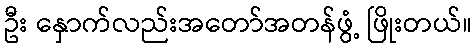
ဦး နှောက်လည်းအတော်အတန်ဖွံ့ ဖြိုးတယ်။